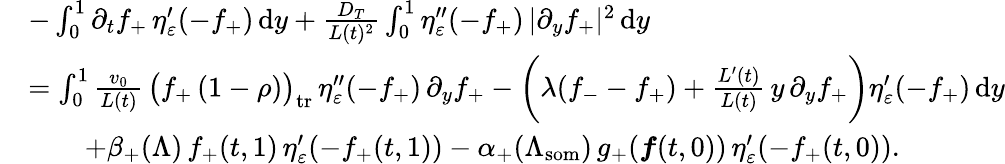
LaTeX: \begin{array}{rl}&{-\int_{0}^{1}\partial_{t}f_{+}\, \eta_{\varepsilon}^{\prime}(-f_{+})\, \textup{d}y+\frac{D_{T}}{L(t)^{2}}\int_{0}^{1}\eta_{\varepsilon}^{\prime\prime}(-f_{+})\, |\partial_{y}f_{+}|^{2}\, \textup{d}y}\\ &{=\int_{0}^{1}\frac{v_{0}}{L(t)}\, \bigl(f_{+}\, (1-\rho)\bigr)_{\mathrm{tr}}\, \eta_{\varepsilon}^{\prime\prime}(-f_{+})\, \partial_{y}f_{+}-\biggl(\lambda(f_{-}-f_{+})+\frac{L^{\prime}(t)}{L(t)}\, y\, \partial_{y}f_{+}\biggr)\eta_{\varepsilon}^{\prime}(-f_{+})\, \textup{d}y}\\ &{\qquad+\beta_{+}(\Lambda)\, f_{+}(t,1)\, \eta_{\varepsilon}^{\prime}(-f_{+}(t,1))-\alpha_{+}(\Lambda_{\mathrm{som}})\, g_{+}(\boldsymbol{f}(t,0))\, \eta_{\varepsilon}^{\prime}(-f_{+}(t,0)).}\end{array}